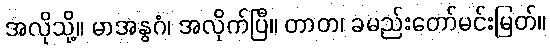
အလိုသို့။ မာအနွဂံ၊ အလိုက်ပြီ။ တာတ၊ ခမည်းတော်မင်းမြတ်။